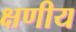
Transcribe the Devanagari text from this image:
क्षणीय